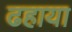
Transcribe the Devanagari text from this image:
ढहाया